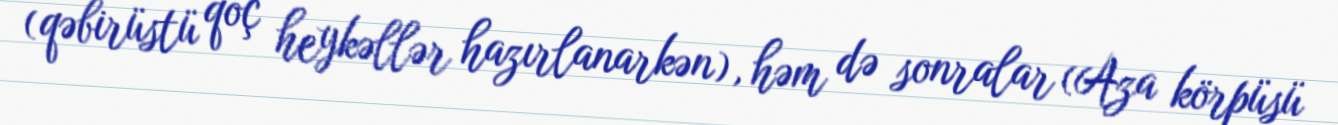
(qəbirüstü qoç heykəllər hazırlanarkən), həm də sonralar (Aza körpüsü